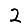
Digit: 2